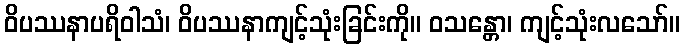
ဝိပဿနာပရိဝါသံ၊ ဝိပဿနာကျင့်သုံးခြင်းကို။ ဝသန္တော၊ ကျင့်သုံးလသော်။